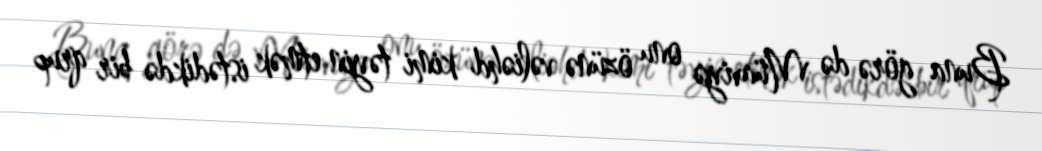
Buna görə də Müaviyə onu özünə vəliəhd kimi təyin etmək istədikdə bir qrup